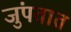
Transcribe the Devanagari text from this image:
जुंपतात